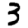
Digit: 3